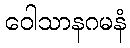
ဝေါသာနဂမနံ